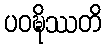
ပဝဍ္ဎိဿတိ